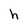
Character: h